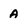
Character: A